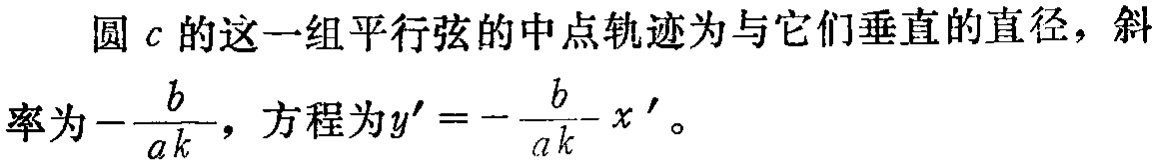
圆\(c\)的这一组平行弦的中点轨迹为与它们垂直的直径，斜率为\(-\frac{b}{ak}\)，方程为\(y' = -\frac{b}{ak}x'\)。